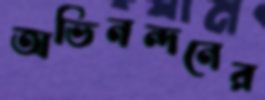
অভিনন্দনের